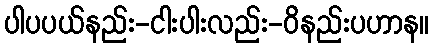
ပါပပယ်နည်း-ငါးပါးလည်း-ဝိနည်းပဟာန။